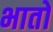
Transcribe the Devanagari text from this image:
भातो